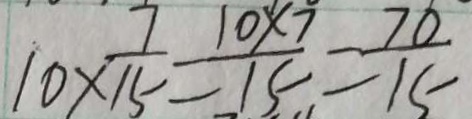
1 0 \times \frac { 7 } { 1 5 } = \frac { 1 0 \times 7 } { 1 5 } = \frac { 7 0 } { 1 5 }